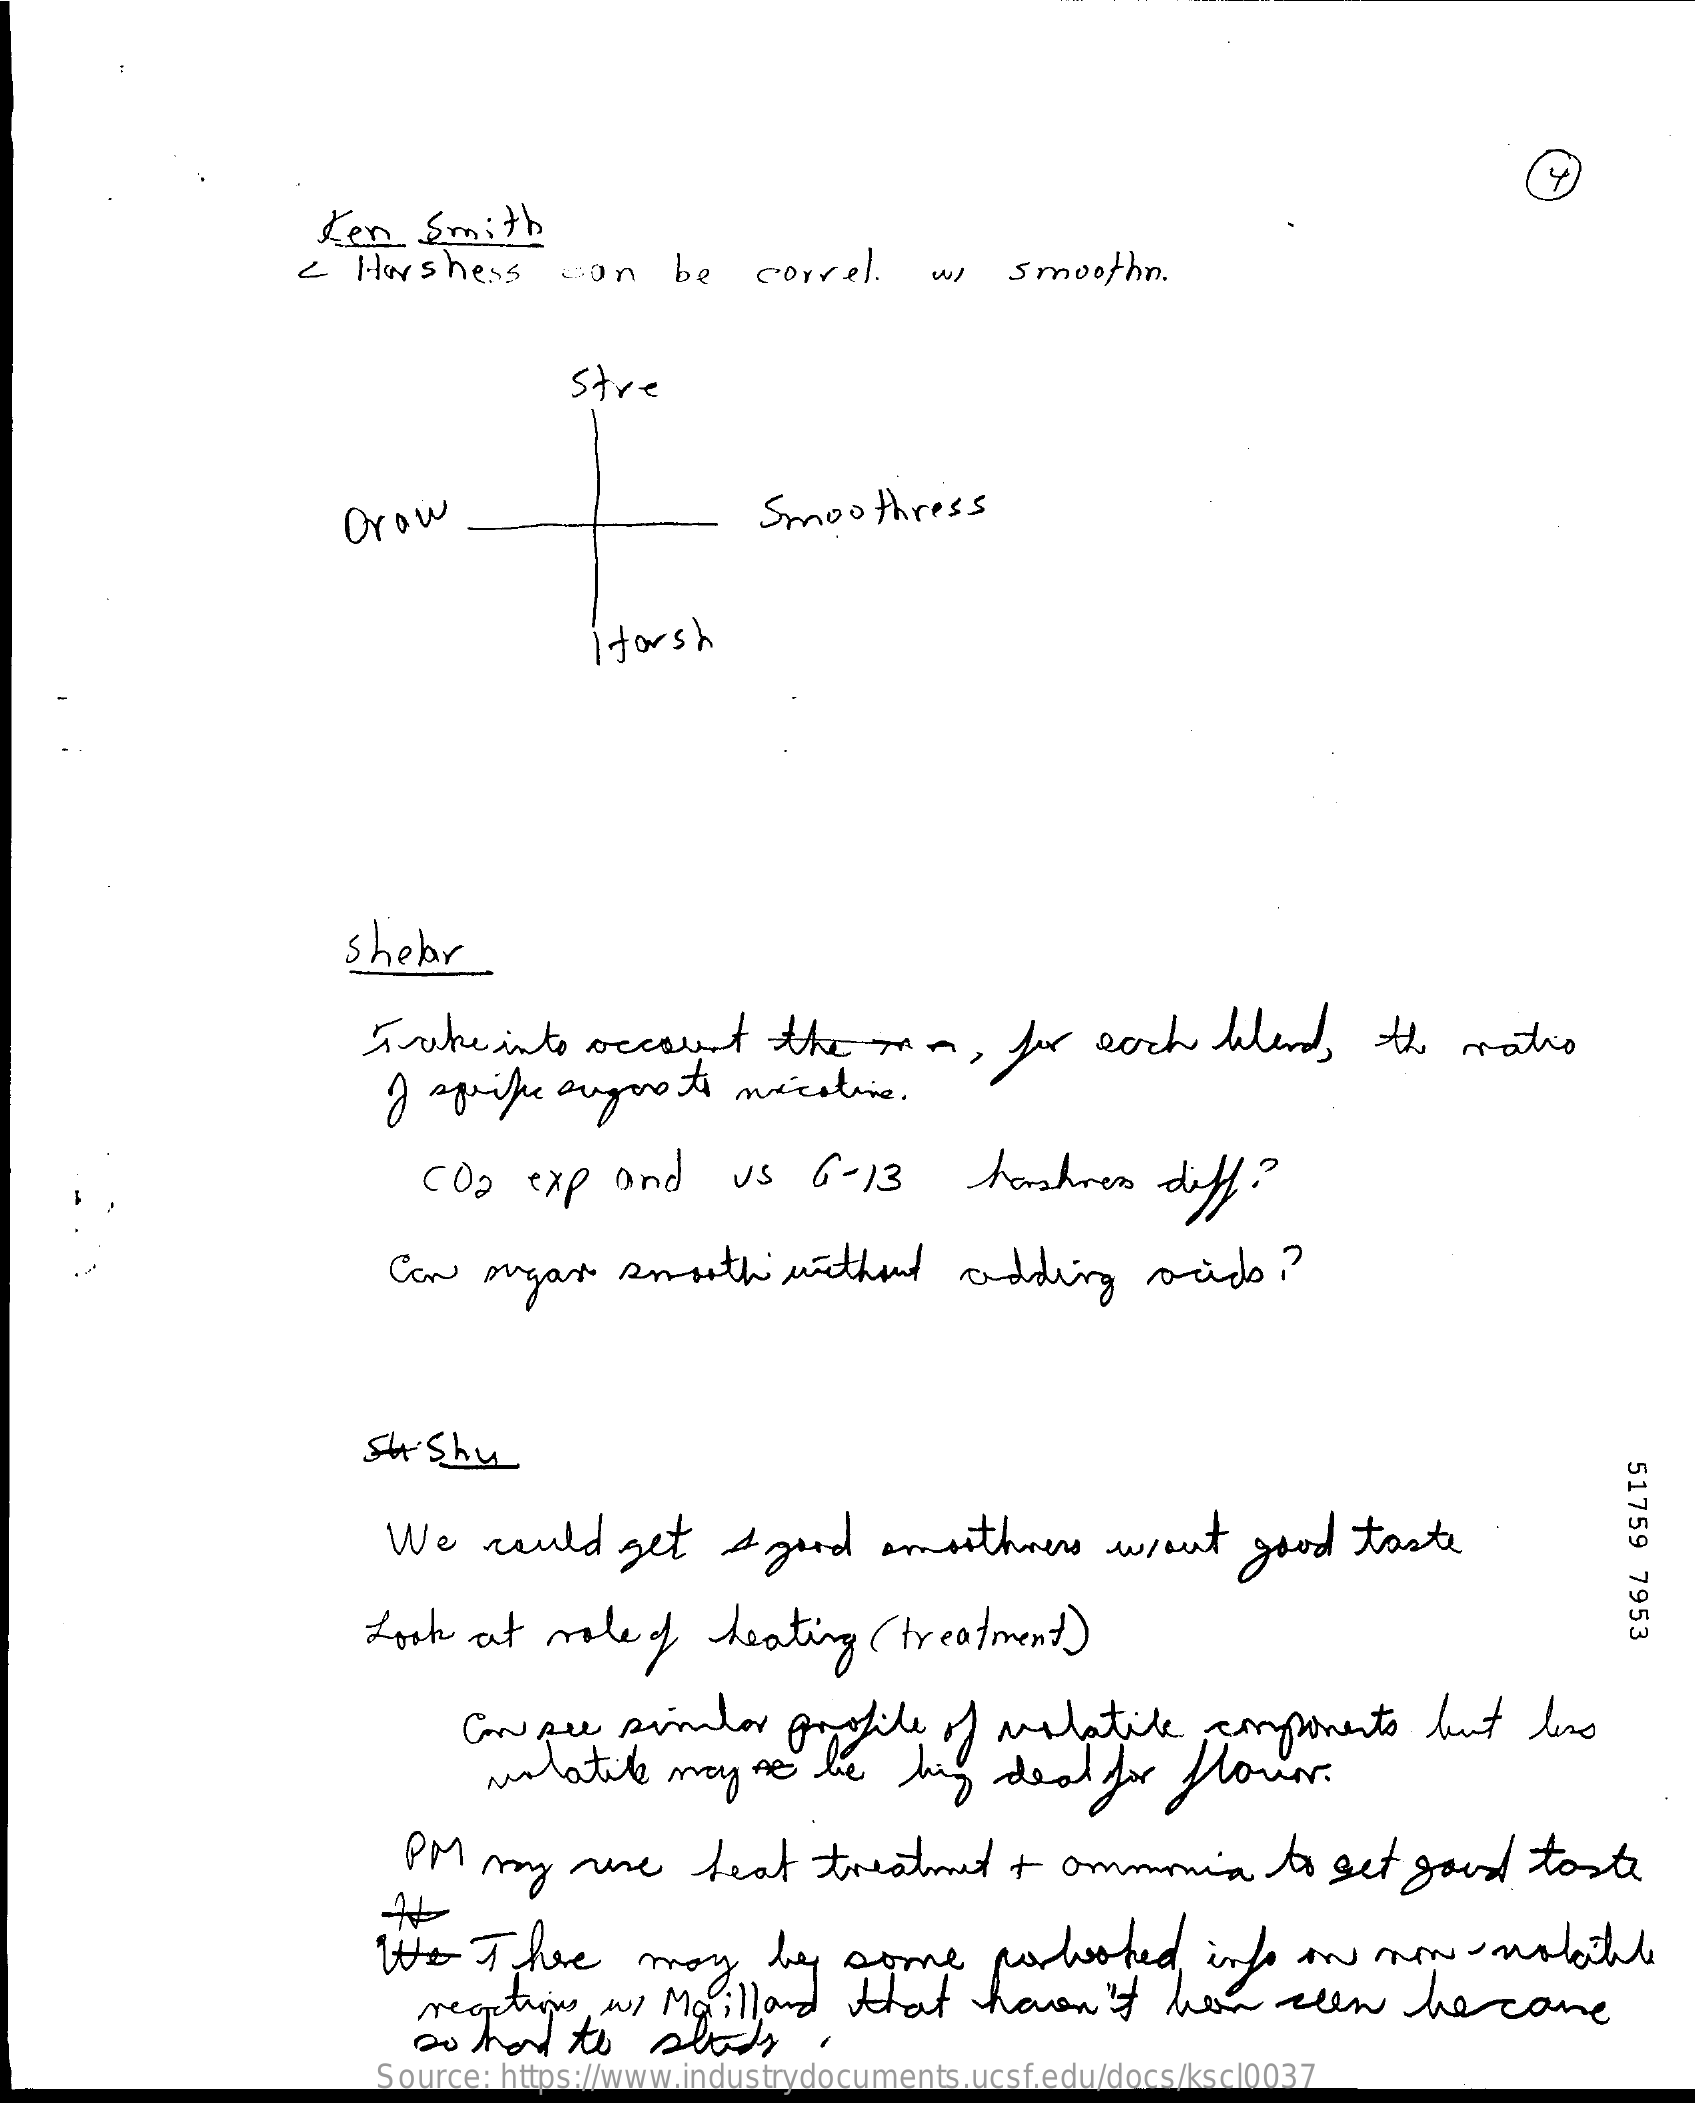
Ken   Smith
     <  Horshess    can    be   correl.    ws   smoothn.
     Stre
     Orow    Smoothress
     itorsh
     shehar
     Take    into  account    the   mo,    for  each   blend,    the  ratio
     I  sprifre augos   to nicotine.
     CO2   exp  and    us    6- 13    harshres    diff."
     Can  ayar    smooth    without    adding    acids   ??
     sushu
     51759
     7953
     We   could    get    a good   smoothness    went    good   taste
     Look  at   role   of  heating   ( treatment)
     Con see  simalar   profile   of volatile    components    but   less
     volatile   may    be   big   deal    for flower.
     PM   my    me    heat    treatment  +  ammonia    to  get  good   taste
     We   There    may    by   some    porlooked,    info on   non-    volatile
     reactions,  ws Maillard    that    haven't    har    seen    he   came
     so hard   to   story
     Source: https://www.industrydocuments.ucsf.edu/docs/kscl0037